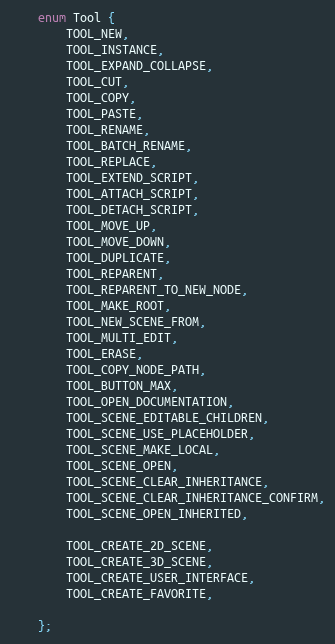
Language: C
	enum Tool {
		TOOL_NEW,
		TOOL_INSTANCE,
		TOOL_EXPAND_COLLAPSE,
		TOOL_CUT,
		TOOL_COPY,
		TOOL_PASTE,
		TOOL_RENAME,
		TOOL_BATCH_RENAME,
		TOOL_REPLACE,
		TOOL_EXTEND_SCRIPT,
		TOOL_ATTACH_SCRIPT,
		TOOL_DETACH_SCRIPT,
		TOOL_MOVE_UP,
		TOOL_MOVE_DOWN,
		TOOL_DUPLICATE,
		TOOL_REPARENT,
		TOOL_REPARENT_TO_NEW_NODE,
		TOOL_MAKE_ROOT,
		TOOL_NEW_SCENE_FROM,
		TOOL_MULTI_EDIT,
		TOOL_ERASE,
		TOOL_COPY_NODE_PATH,
		TOOL_BUTTON_MAX,
		TOOL_OPEN_DOCUMENTATION,
		TOOL_SCENE_EDITABLE_CHILDREN,
		TOOL_SCENE_USE_PLACEHOLDER,
		TOOL_SCENE_MAKE_LOCAL,
		TOOL_SCENE_OPEN,
		TOOL_SCENE_CLEAR_INHERITANCE,
		TOOL_SCENE_CLEAR_INHERITANCE_CONFIRM,
		TOOL_SCENE_OPEN_INHERITED,

		TOOL_CREATE_2D_SCENE,
		TOOL_CREATE_3D_SCENE,
		TOOL_CREATE_USER_INTERFACE,
		TOOL_CREATE_FAVORITE,

	};